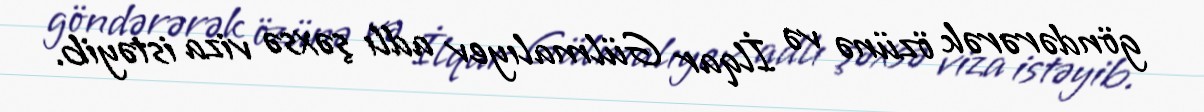
göndərərək özünə və İlqar Gülmalıyev adlı şəxsə viza istəyib.